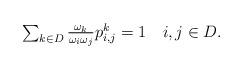
LaTeX: \begin{align*}\textstyle\sum_{k\in D}\frac{ \omega_k}{\omega_i\omega_j} p_{i,j}^k=1 \quad i,j\in D.\end{align*}